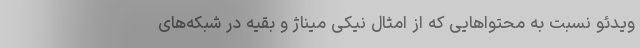
ویدئو نسبت به محتواهایی که از امثال نیکی میناژ و بقیه در شبکه‌های